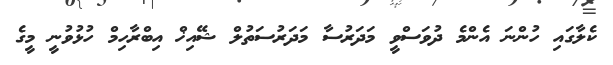
ކެލާގައި ހުންނަ އެންމެ ދުވަސްވީ މަދަރުސާ މަދަރުސަތުލް ޝޭއިޚް އިބްރާހިމް ހުޅުވުނީ މީގެ